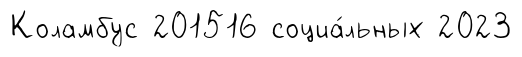
Коламбус 201516 социа́льных 2023